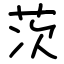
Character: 茨